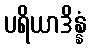
ပရိယာဒိန္နံ